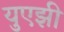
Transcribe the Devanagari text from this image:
युएझी